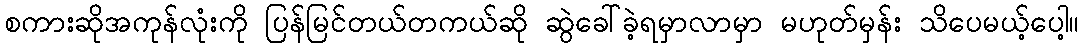
စကားဆိုအကုန်လုံးကို ပြန်မြင်တယ်တကယ်ဆို ဆွဲခေါ်ခဲ့ရမှာလာမှာ မဟုတ်မှန်း သိပေမယ့်ပေါ့။